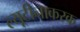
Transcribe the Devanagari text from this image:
ल्यूटीनाकरक